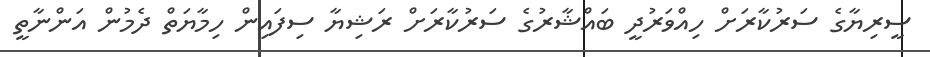
ސީރިޔާގެ ސަރުކާރަށް ހިއްވަރުދީ ބައްޝާރުގެ ސަރުކާރަށް ރަޝިޔާ ސިފައިން ހިމާޔަތް ދެމުން އަންނާތީ